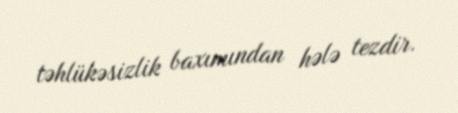
təhlükəsizlik baxımından hələ tezdir.